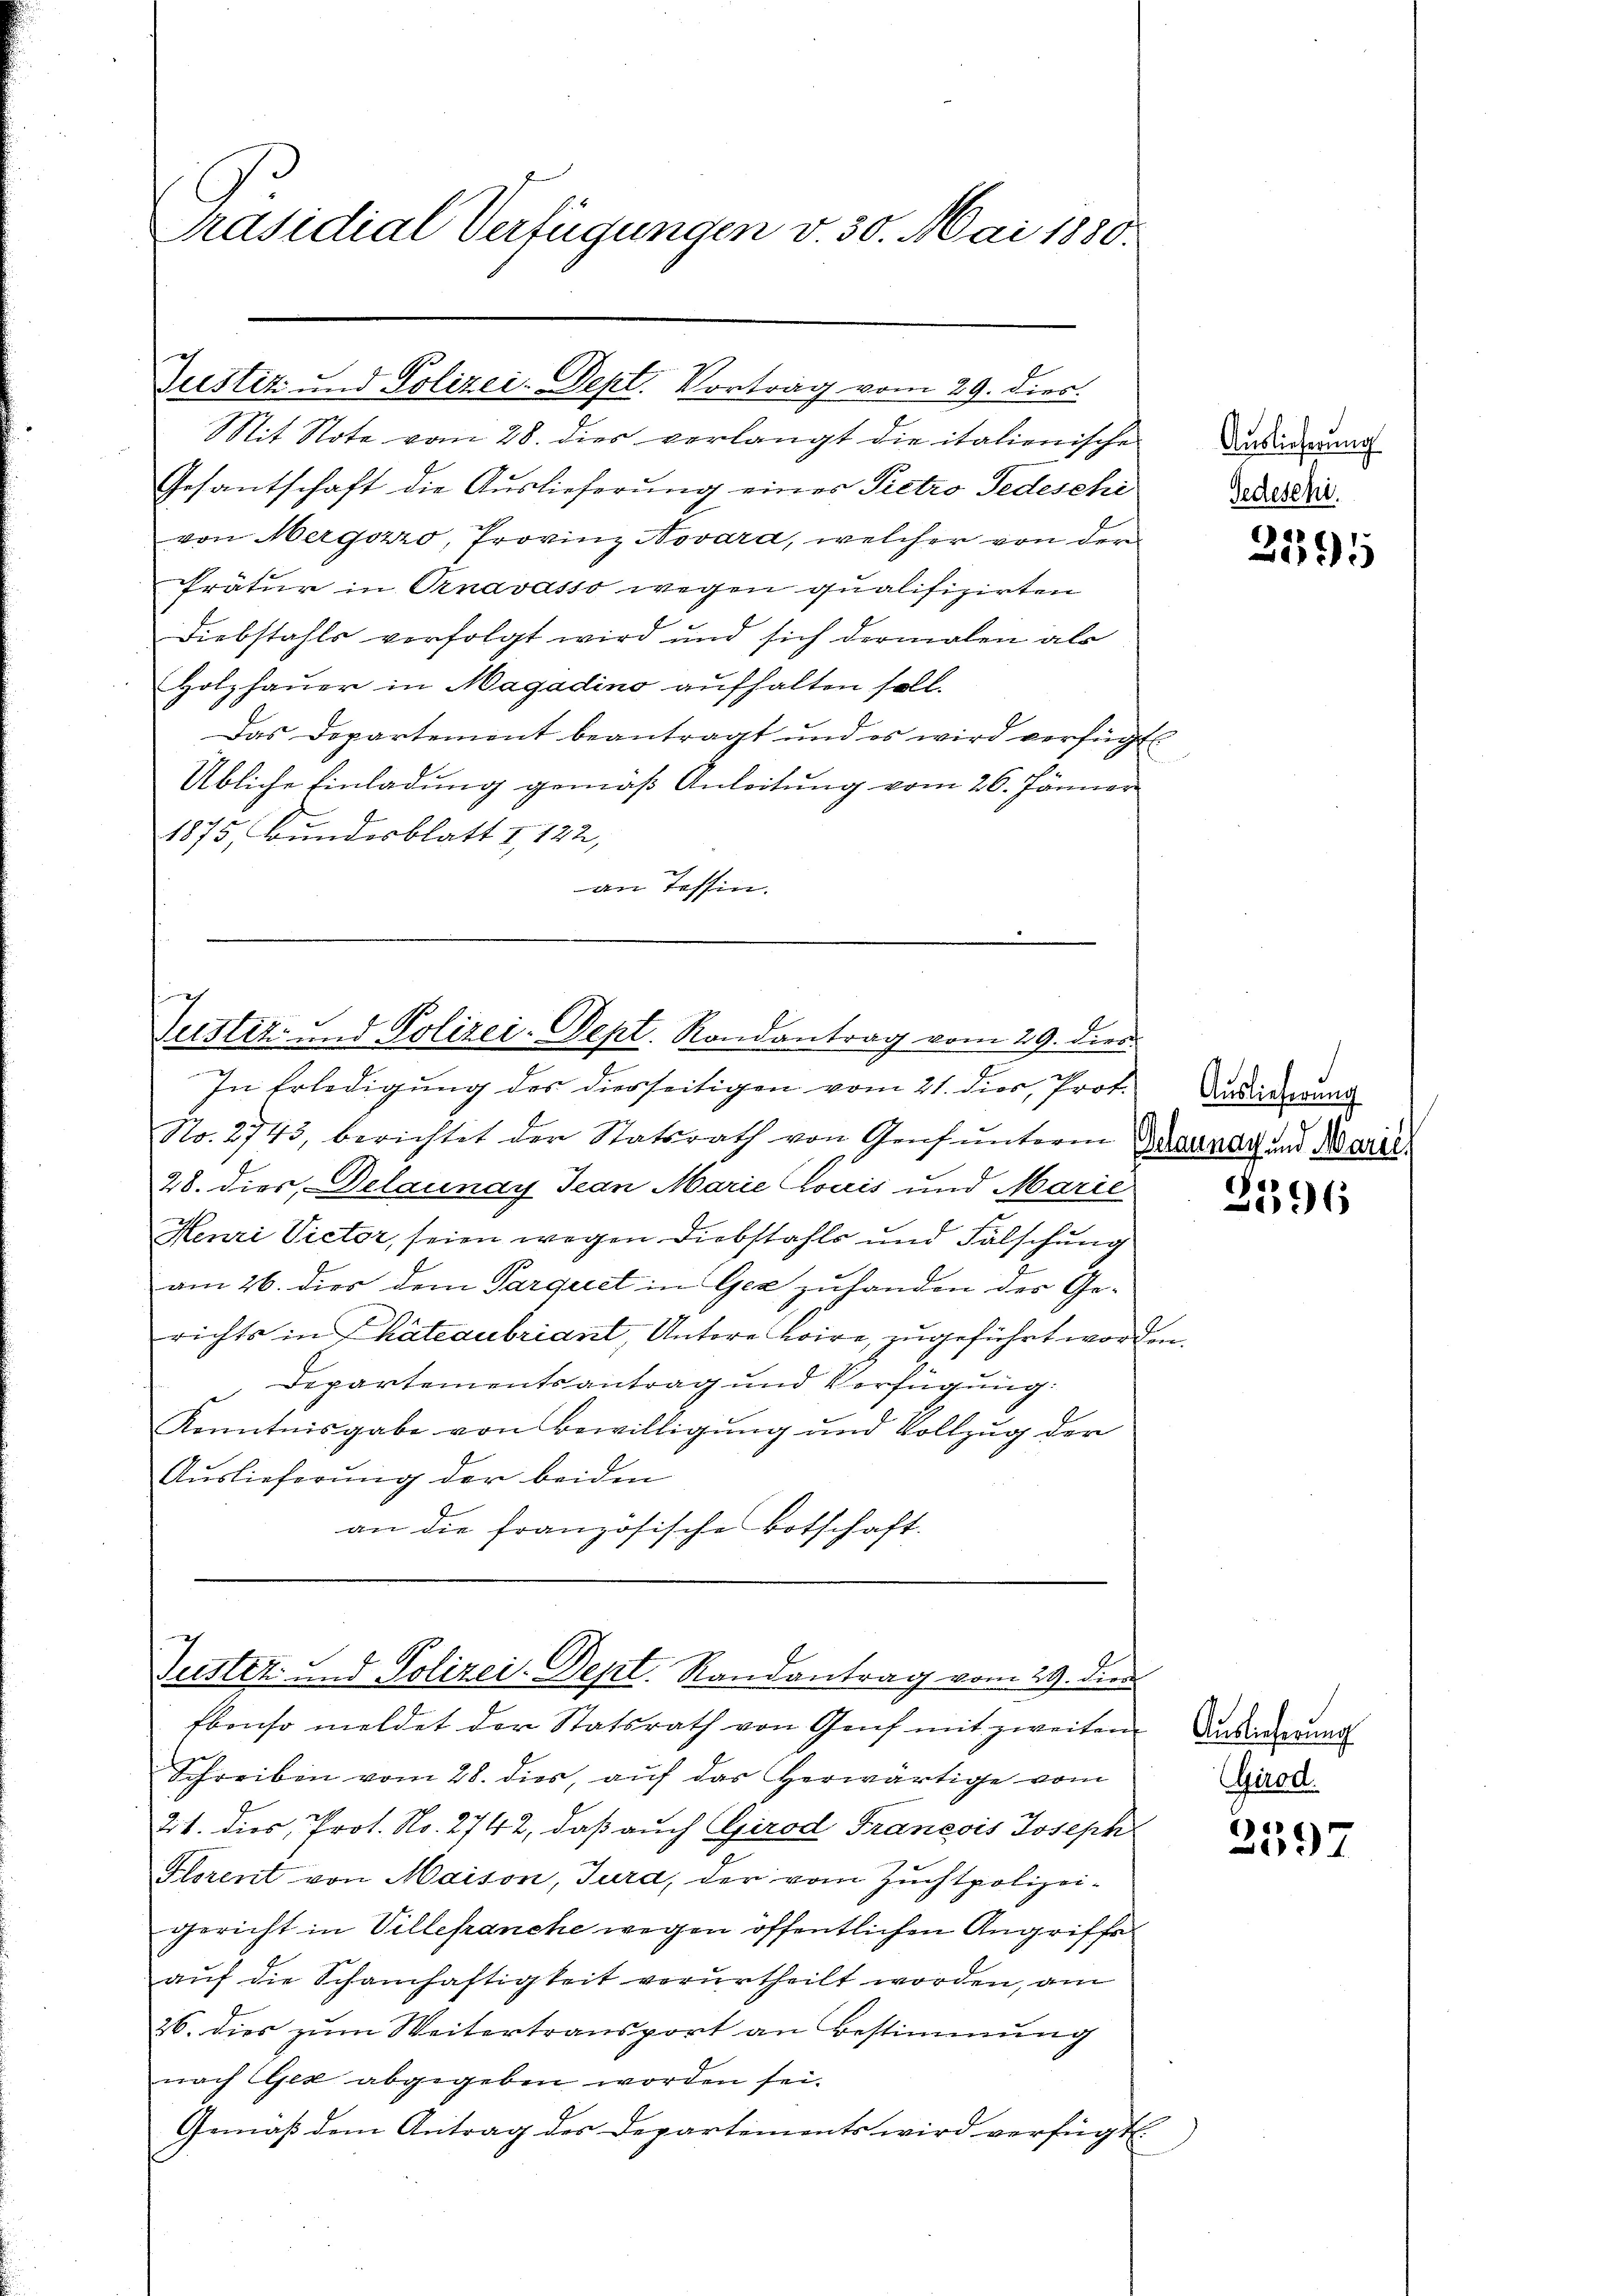
Präsidial-Verfügungen v. 30. Mai 1880.

Mit Note vom 28. dies verlangt die italienische
Gesantschaft die Auslieferung eines Pretro Tedeschi
von Mergozzo, Provinz Novara, welcher von der
Pratur in Ornavasso wegen qualifizirten
Diebstahls verfolgt wird und sich dermalen als
Holzhauer in Magadino aufhalten soll.
Das Departement beantragt und es wird verfügt:
Übliche Einladung gemäß Anleitung vom 26. Jänner
1875, Bundesblatt I 122,
an Tessin.

Justiz und Polizei-Dept. Vortrag vom 29. dies.

Justiz- und Polizei-Sept. Rondantrag vom 29. dies

Justiz- und Polizei-Dept. Randantrag vom 29. dien

In Erledigung des diesseitigen vom 21. dies, Prof.
No. 2743, berichtet der Statsrath von Genf unteren Darnach und Maril
28. dies, Delaunay Jean Marie Louis und Marie
Henri Victor, seien wegen Diebstahls und Fälschung
am 26. dies dem Parquet in Gez zuhanden der Ge-
richts in Kateaubriant, Untere Loire, zugeführt worden.
Departementsantrag und Verfügung:
Kenntnisgabe von Bewilligung und Vollzug der
Auslieferung der beiden
an die französische Botschaft.

Ebenso meldet der Statsrath von Genf mit zweiten
Schreiben vom 28. dies, auf das herwärtige vom
21. dies, Prot. No. 2742, daß auch Girod Francois Joseph
Florent von Maison, Jura, der vom Zuchtpolizei-
gericht in Villepanche wegen öffentlichen Angriffe
auf die Schamhaftigkeit verurtheilt worden, am
26. dies zum Weitertransport an Bestimmung
nach Gez abgegeben worden sei.
Gemäß dem Antrag des Departements wird verfügt.

Auslieferung
Gedeschi.

2395

Auslieferung

e
6

Auslieferung
Girod.

2597